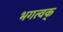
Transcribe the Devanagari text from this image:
भगत्वक्